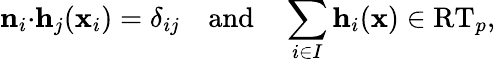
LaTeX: \mathbf{n}_{i}{\cdot}\mathbf{h}_{j}(\mathbf{x}_{i})=\delta_{ij}\quad\mathrm{and}\quad\sum_{i\in I}\mathbf{h}_{i}(\mathbf{x})\in\mathrm{RT}_{p},